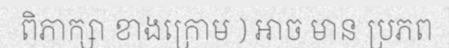
ពិភាក្សា ខាងក្រោម ) អាច មាន ប្រភព